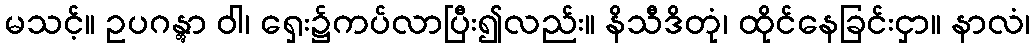
မသင့်။ ဥပဂန္တွာ ဝါ၊ ရှေး၌ကပ်လာပြီး၍လည်း။ နိသီဒိတုံ၊ ထိုင်နေခြင်းငှာ။ နာလံ၊